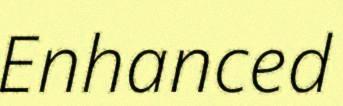
Enhanced